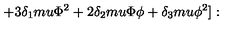
+ 3 \delta _ { 1 } m u \Phi ^ { 2 } + 2 \delta _ { 2 } m u \Phi \phi + \delta _ { 3 } m u \phi ^ { 2 } ] :